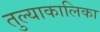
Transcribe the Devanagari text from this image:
तुल्याकालिका